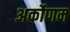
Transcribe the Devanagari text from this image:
अर्कोणम